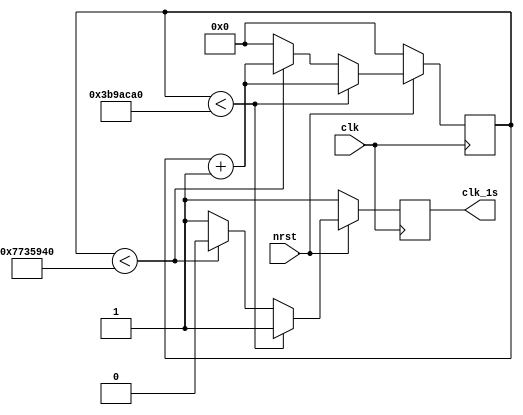
`timescale 1ns / 1ps
//////////////////////////////////////////////////////////////////////////////////
// Company: 
// Engineer: 
// 
// Design Name: 
// Module Name: realtime
// Project Name: 
// Target Devices: 
// Tool Versions: 
// Description: 
// 
// Dependencies: 
// 
// Revision:
// Revision 0.01 - File Created
// Additional Comments:
// 
//////////////////////////////////////////////////////////////////////////////////


module real_time(
    input clk, nrst,
    output reg clk_1s
    );
    
    reg [26:0]count;
    always @(posedge clk) begin
        if (!nrst) begin
            count<=0;
            clk_1s<=1;
        end
        
        else begin
            if(count < 62500000) begin //62500000
                count <= count +1;
                clk_1s <=1;
            end
            
            else if(count < 125000000) begin //125000000
                count<=count+1;
                clk_1s<=0;
            end
            
            else begin
                count<=0;
                clk_1s<=1;
            end
        end
    end
endmodule